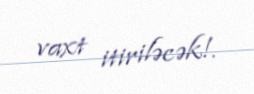
vaxt itiriləcək!.